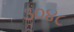
૩૦૪૮